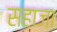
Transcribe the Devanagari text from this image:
सहाजा